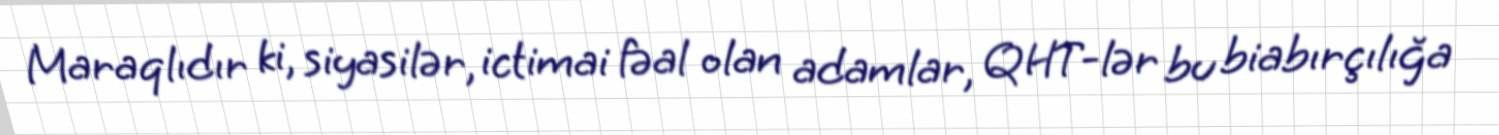
Maraqlıdır ki, siyasilər, ictimai fəal olan adamlar, QHT-lər bu biabırçılığa